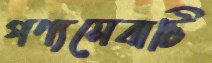
পণ্যসেবাটি